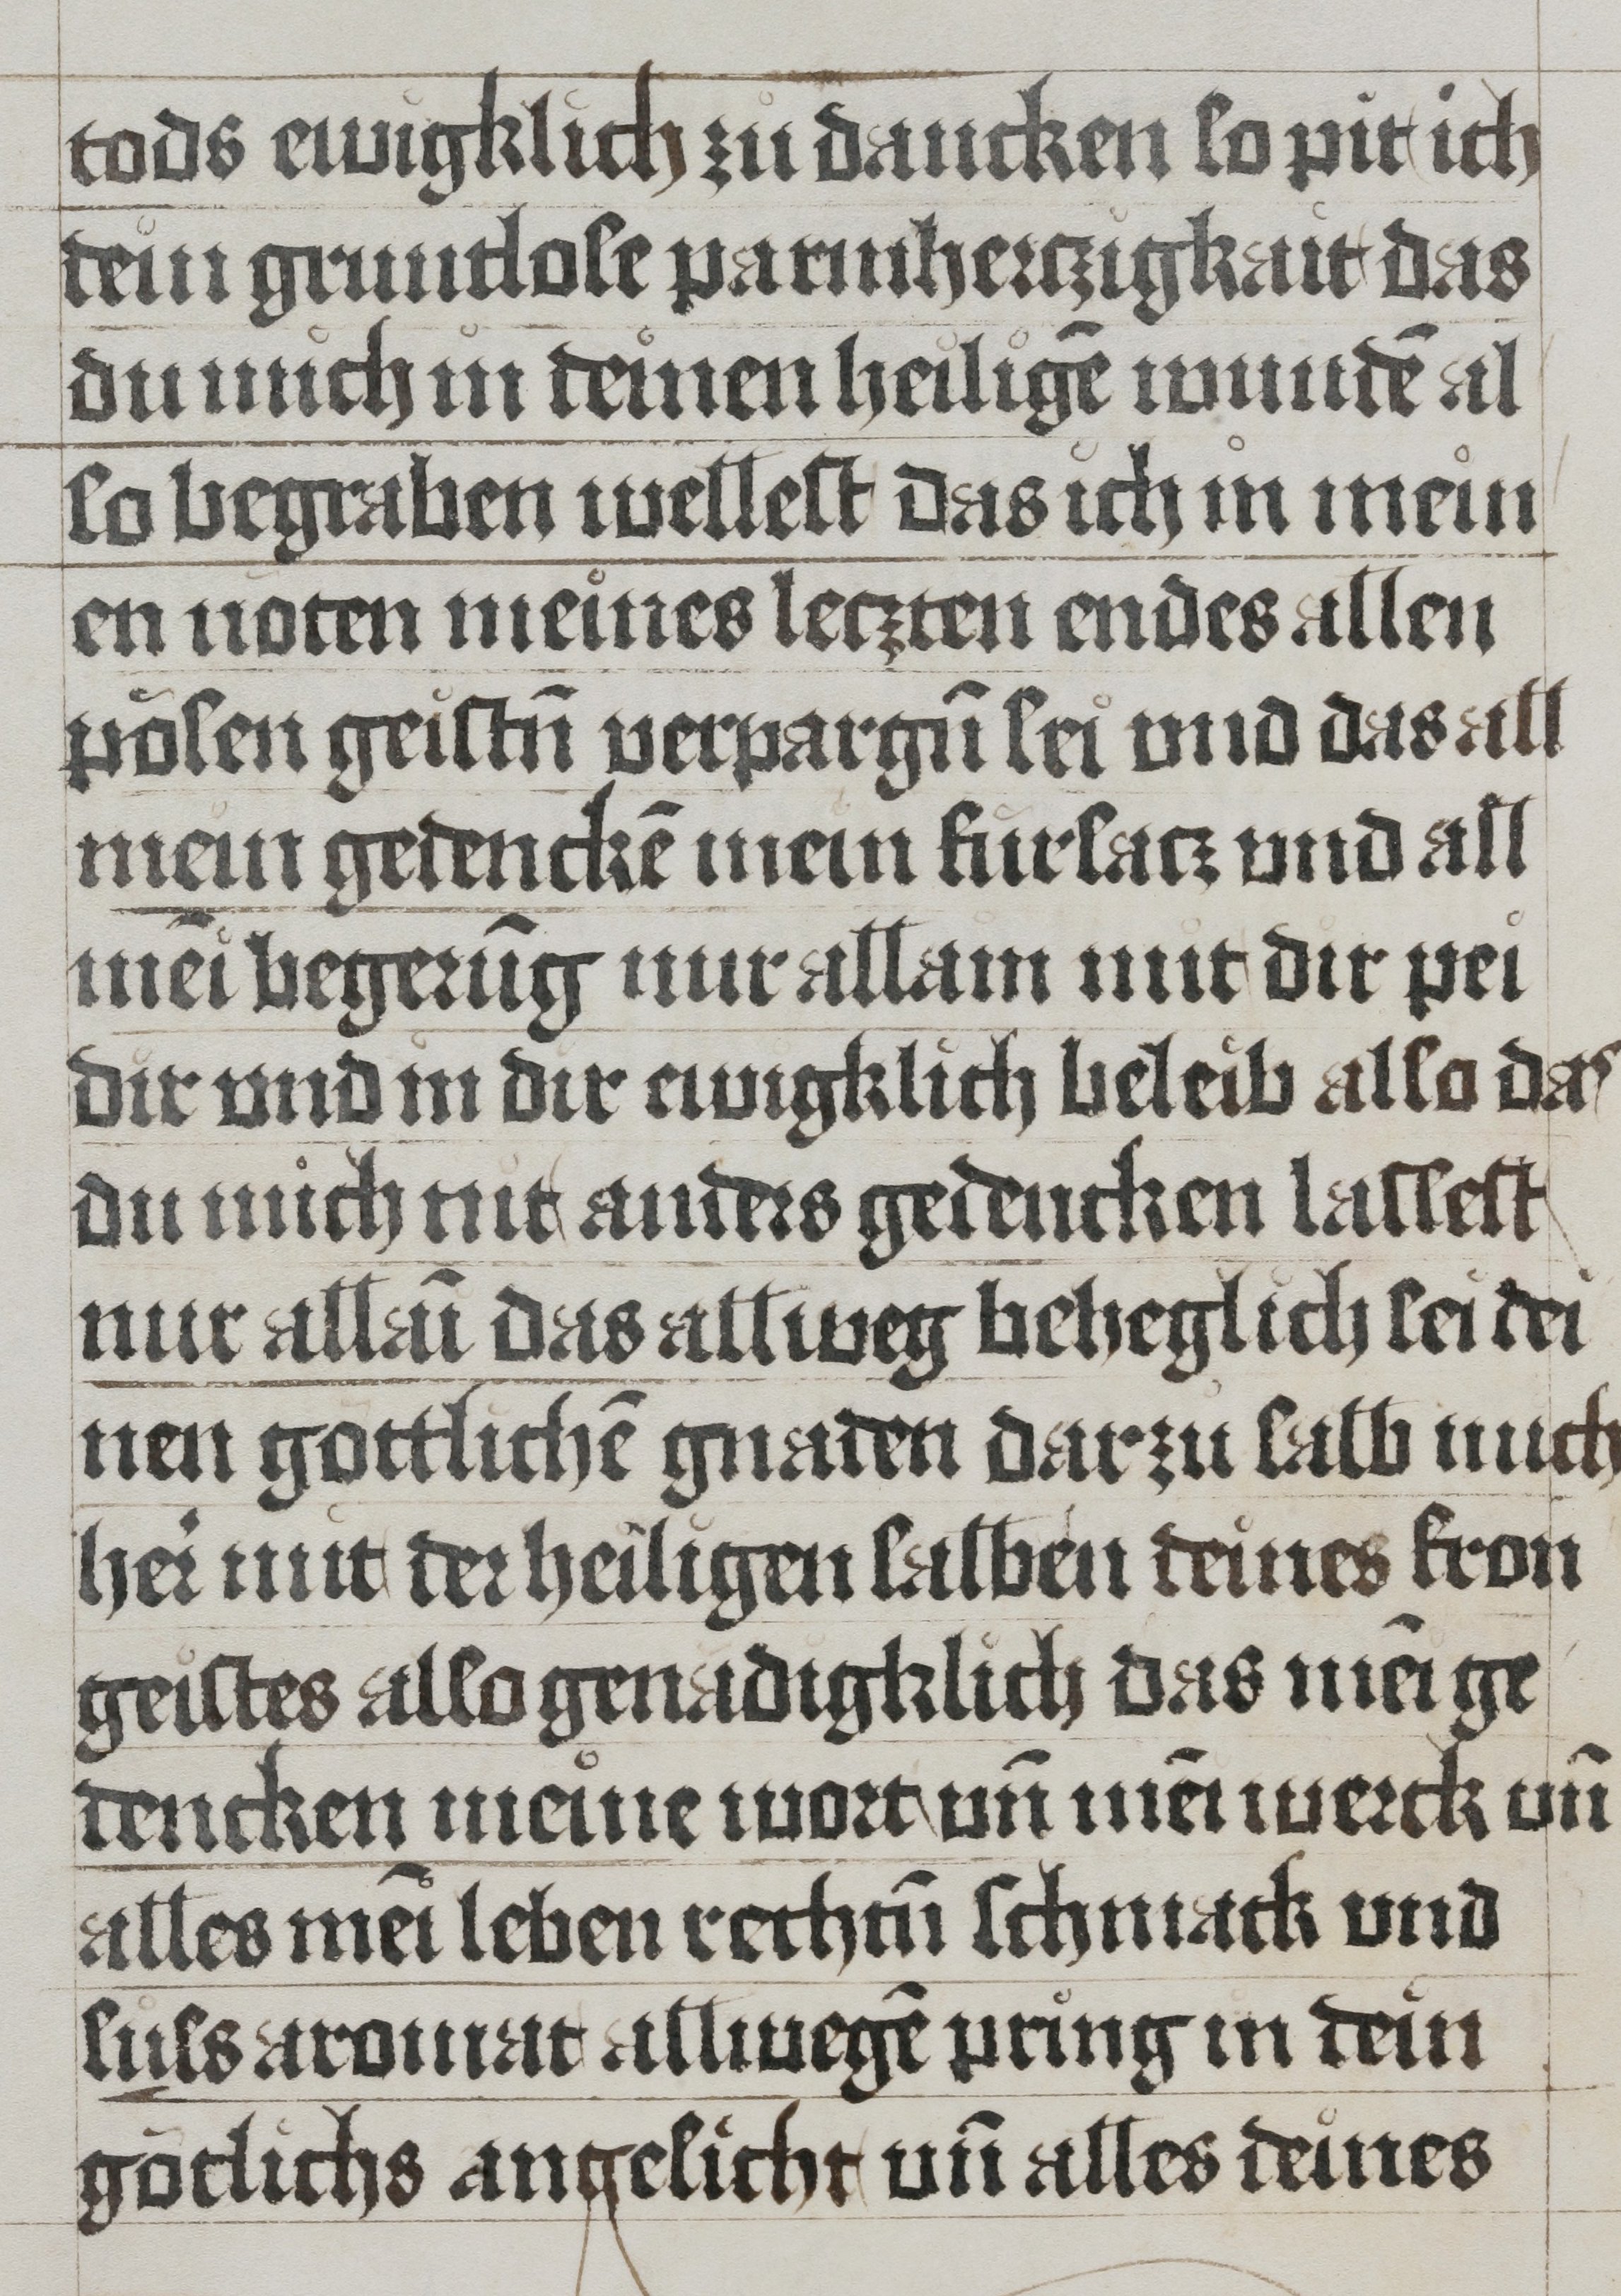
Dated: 1485–1535